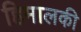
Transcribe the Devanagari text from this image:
हिमालकी